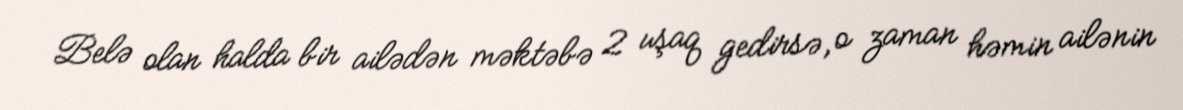
Belə olan halda bir ailədən məktəbə 2 uşaq gedirsə, o zaman həmin ailənin